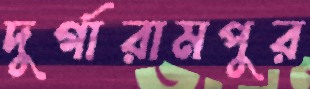
দুর্গারামপুর